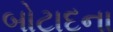
બોટાદના